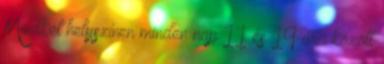
Mindkét helyszínen minden nap 11 és 19 óra között